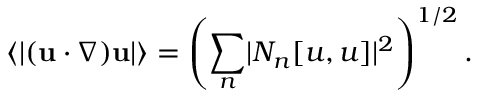
\left\langle \lvert ( { \bf u } \cdot \nabla ) { \bf u } \rvert \right\rangle = \left( \sum _ { n } \lvert N _ { n } [ u , u ] \rvert ^ { 2 } \right) ^ { 1 / 2 } .